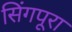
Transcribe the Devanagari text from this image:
सिंगपूरा